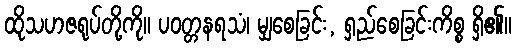
ထိုသဟဇရုပ်တို့ကို။ ပဝတ္တနရသံ၊ မျှစေခြင်း, ရှည်စေခြင်းကိစ္စ ရှိ၏။